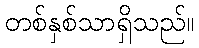
တစ်နှစ်သာရှိသည်။